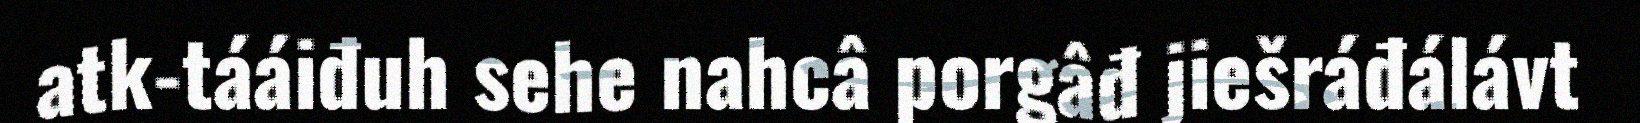
atk-tááiđuh sehe nahcâ porgâđ jiešráđálávt